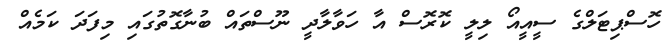
ހޮސްޕިޓަލްގެ ސީއީއޯ ލިލީ ކޮރޮސް އާ ހަވާލާދީ ނޫސްތައް ބުނާގޮތުގައި މިފަދަ ކަމެއް